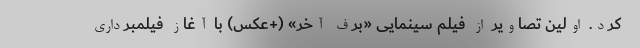
کرد. اولین تصاویر از فیلم سینمایی «برف آخر» (+عکس) با آغاز فیلمبرداری